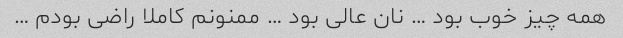
همه چیز خوب بود … نان عالی بود … ممنونم کاملا راضی بودم …